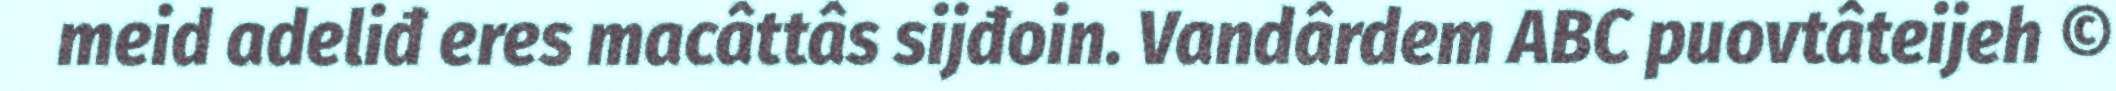
meid adeliđ eres macâttâs sijđoin. Vandârdem ABC puovtâteijeh ©